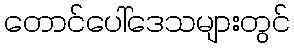
တောင်ပေါ်ဒေသများတွင်